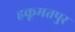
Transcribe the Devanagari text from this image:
हकूमतपुर